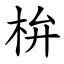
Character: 㭓